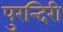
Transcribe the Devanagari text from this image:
पुरन्दिरी